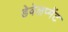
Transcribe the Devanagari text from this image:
डेवेलप्मेंट